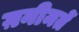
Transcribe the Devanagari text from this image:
ग़नीमतें